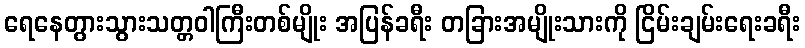
ရေနေတွားသွားသတ္တဝါကြီးတစ်မျိုး အပြန်ခရီး တခြားအမျိုးသားကို ငြိမ်းချမ်းရေးခရီး